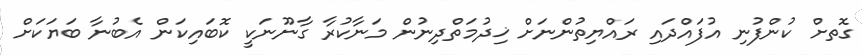
ގޮތށް ކުންފުނި އުފައްދައި ރައްޔިތުންނަށް ޚިދުމަތްދިނުން މަނާކުރާ ގާނޫނަކީ ކޮބައިކަން އެބުނާ ބަޔަކަށް